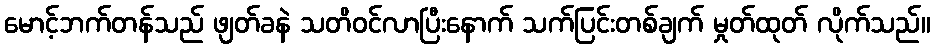
မောင့်ဘက်တန်သည် ဖျတ်ခနဲ သတိဝင်လာပြီးနောက် သက်ပြင်းတစ်ချက် မှုတ်ထုတ် လိုက်သည်။